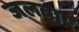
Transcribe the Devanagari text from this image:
जलवाए